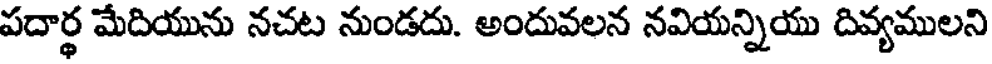
పదార్థ మేదియును నచట నుండదు. అందువలన నవియన్నియు దివ్యములని